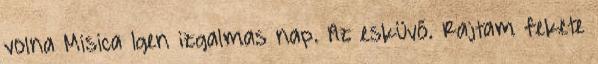
volna Misica Igen izgalmas nap. Az esküvő. Rajtam fekete